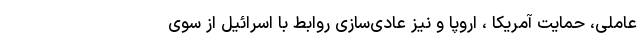
عاملی، حمایت آمریکا ، اروپا و نیز عادی‌سازی روابط با اسرائیل از سوی